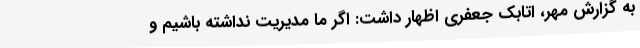
به گزارش مهر، اتابک جعفری اظهار داشت: اگر ما مدیریت نداشته باشیم و